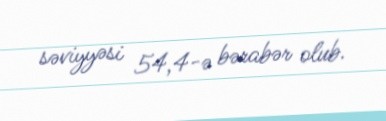
səviyyəsi 54,4-ə bərabər olub.